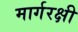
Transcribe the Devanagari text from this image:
मार्गरक्षी